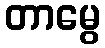
တာမွေ